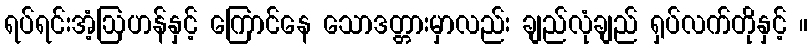
ရပ်ရင်းအံ့ဩဟန်နှင့် ကြောင်နေ သောဒတ္တားမှာလည်း ချည်လုံချည် ရှပ်လက်တိုနှင့် ။